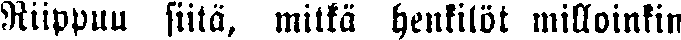
Riippuu siitä, mitkä henkilöt milloinkin